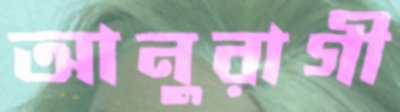
আনুরাগী